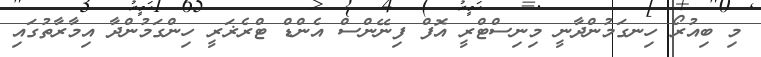
މި ބިއުރޯ ހިނގަމުންދާނީ މިނިސްޓްރީ އޮފް ފިނޭންސް އެންޑް ޓްރެޜަރީ ހިންގަމުންދާ އިމާރާތުގައި